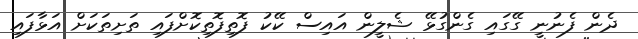
ދެން ފެނުނީ ގޭގައި ގެންގުޅޭ ޝެލީން އައިސް ކޭކު ފޮތިފޮތިކޮށްފައި ތަށިތަކަށް އަޅާފައި